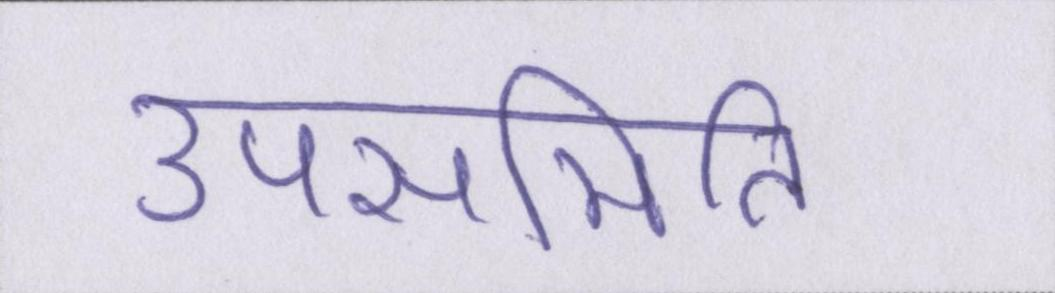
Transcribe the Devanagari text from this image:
उपसमिति